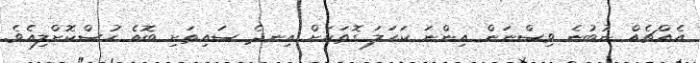
އެއްޗެއް ނުބުނެ ވިސްނަން އިންނަ ކަހަލަ ގޮތަކަށް އިނދެ ސައިތަށި ބޮއެ ހުސްކޮށްލިއެވެ.